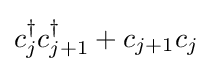
c_{j}^{\dagger }c_{j+1}^{\dagger }+c_{j+1}c_{j}